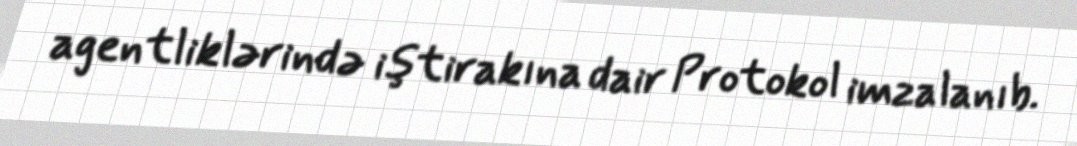
agentliklərində iştirakına dair Protokol imzalanıb.